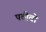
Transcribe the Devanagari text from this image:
पत्तीवो